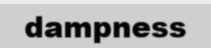
dampness